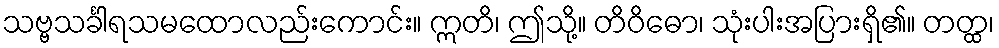
သဗ္ဗသင်္ခါရသမထောလည်းကောင်း။ ဣတိ၊ ဤသို့။ တိဝိဓော၊ သုံးပါးအပြားရှိ၏။ တတ္ထ၊